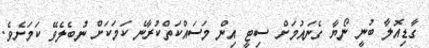
ގާޑިއޮލާ ބުނީ ނޯޔާ ގެނައުމަށް ސިޓީ އިން މަސައްކަތްކުރާނެ ކަމަކަށް ނުބެލެވޭ ކަމަށެވެ.